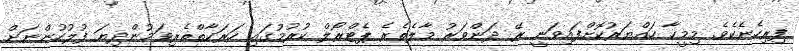
ފިރިހެނެކެވެ. މިމީހާ ހައްޔަރުކޮށްފައިވަނީ ރޭ ދަންވަރު މާލެތެރެ ޕެޓްރޯލް ކުރުމުގައި ހަރަކާތްތެރިވަމުންދިޔަ ފުލުހުންނަށް